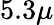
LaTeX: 5.3\mu